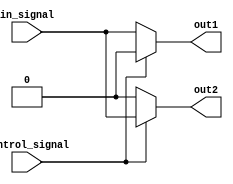
module demux_1to2 (
  input wire in_signal,
  input wire control_signal,
  output reg out1,
  output reg out2
);

always @ (in_signal, control_signal)
begin
  if (control_signal == 0)
  begin
    out1 <= in_signal;
    out2 <= 0;
  end
  else
  begin
    out1 <= 0;
    out2 <= in_signal;
  end
end

endmodule